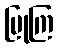
ပြုကြ